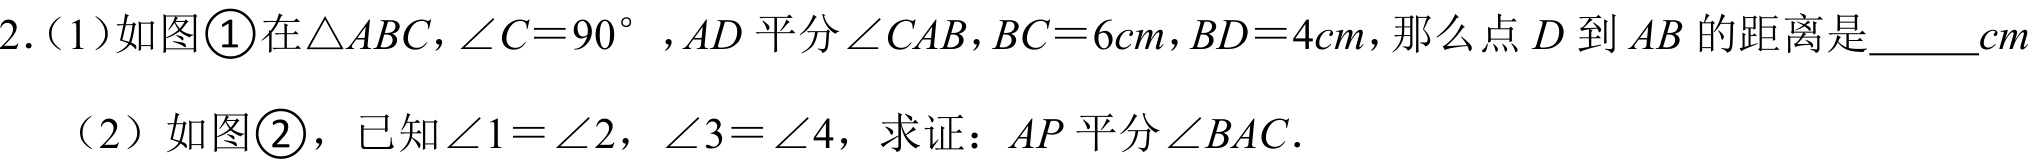
2.（1）如图\textcircled{1}在\(\triangle ABC\)，\(\angle C = 90^{\circ}\)，\(AD\)平分\(\angle CAB\)，\(BC = 6cm\)，\(BD = 4cm\)，那么点\(D\)到\(AB\)的距离是  \(cm\)
（2）如图\textcircled{2}，已知\(\angle 1=\angle 2\)，\(\angle 3 = \angle 4\)，求证：\(AP\)平分\(\angle BAC\).